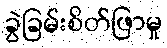
ခွဲခြမ်းစိတ်ဖြာမှု